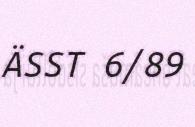
ÄSST 6/89